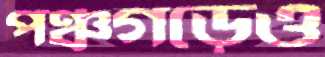
পঞ্চগড়েও